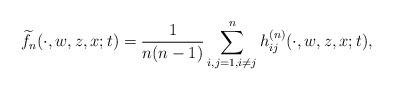
LaTeX: \begin{align*} \widetilde{f}_n(\cdot,w,z,x;t)=\frac{1}{n(n-1)} \sum_{i,j=1,i\not=j}^{n} h_{ij}^{(n)}(\cdot,w,z,x;t), \end{align*}